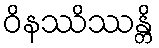
ဝိနဿိဿန္တိ